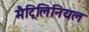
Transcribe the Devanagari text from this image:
मैट्रिलिनियल